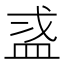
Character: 𬐜